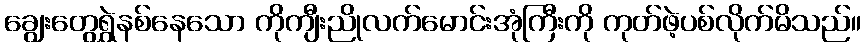
ချွေးတွေရွှဲနစ်နေသော ကိုကျီးညိုလက်မောင်းအုံကြီးကို ကုတ်ဖဲ့ပစ်လိုက်မိသည်။